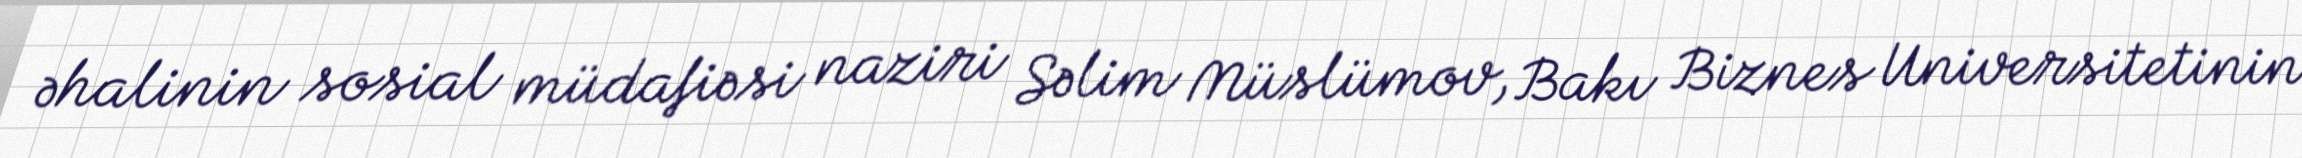
əhalinin sosial müdafiəsi naziri Səlim Müslümov, Bakı Biznes Universitetinin